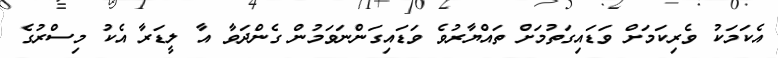
އެކަމަކު ވެރިކަމަށް ވަޑައިގަތުމަށް ތައްޔާރުވެ ވަޑައިގަންނަވަމުން ގެންދަވާ އާ ލީޑަރާ އެކު މިސްރުގެ